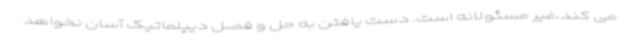
می کند،غیر مسئولانه است. دست یافتن به حل و فصل دیپلماتیک آسان نخواهد